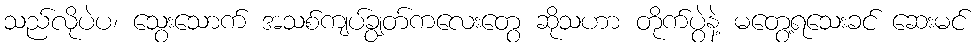
သည်လိုပဲပ၊ သွေးသောက် အသစ်ကျပ်ချွတ်ကလေးတွေ ဆိုသဟာ တိုက်ပွဲနဲ့ မတွေ့ရသေးခင် ဆေးမင်